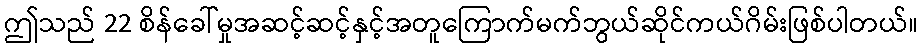
ဤသည် 22 စိန်ခေါ်မှုအဆင့်ဆင့်နှင့်အတူကြောက်မက်ဘွယ်ဆိုင်ကယ်ဂိမ်းဖြစ်ပါတယ်။